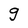
Character: g